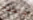
والعلاج